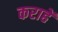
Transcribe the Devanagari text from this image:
कराहें